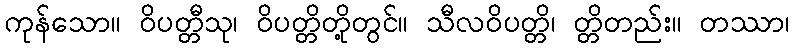
ကုန်သော။ ဝိပတ္တီသု၊ ဝိပတ္တိတို့တွင်။ သီလဝိပတ္တိ၊ တ္တိတည်း။ တဿာ၊